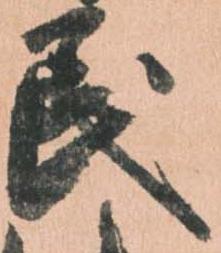
民